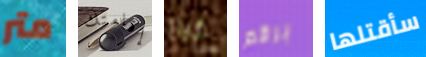
متر إقامتك كيلر برقم سأقتلها